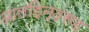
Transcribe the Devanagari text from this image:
आलहिन्दसह